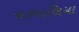
ચરમાળિયા